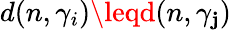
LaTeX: d(n,\gamma_{i})\leqd(n,\gamma_{\mathbf{j}})